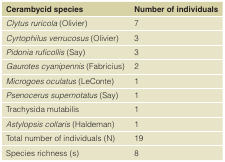
<table><thead><tr><td><b>Cerambycid species</b></td><td><b>Number of individuals</b></td></tr></thead><tbody><tr><td><i>Clytus ruricola</i> (Olivier)</td><td>7</td></tr><tr><td><i>Cyrtophilus verrucosus</i> (Olivier)</td><td>3</td></tr><tr><td><i>Pidonia ruficollis</i> (Say)</td><td>3</td></tr><tr><td><i>Gaurotes cyanipennis</i> (Fabricius)</td><td>2</td></tr><tr><td><i>Microgoes oculatus</i> (LeConte)</td><td>1</td></tr><tr><td><i>Psenocerus supernotatus</i> (Say)</td><td>1</td></tr><tr><td>Trachysida mutabilis</td><td>1</td></tr><tr><td><i>Astylopsis collaris</i> (Haldeman)</td><td>1</td></tr><tr><td>Total number of individuals (N)</td><td>19</td></tr><tr><td>Species richness (s)</td><td>8</td></tr></tbody></table>